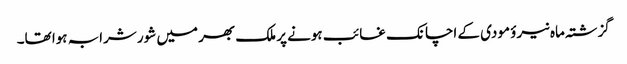
گزشتہ ماہ نیرؤ مودی کے اچانک غائب ہونے پر ملک بھر میں شور شرابہ ہوا تھا۔